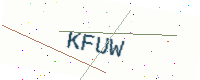
Text: KFUW